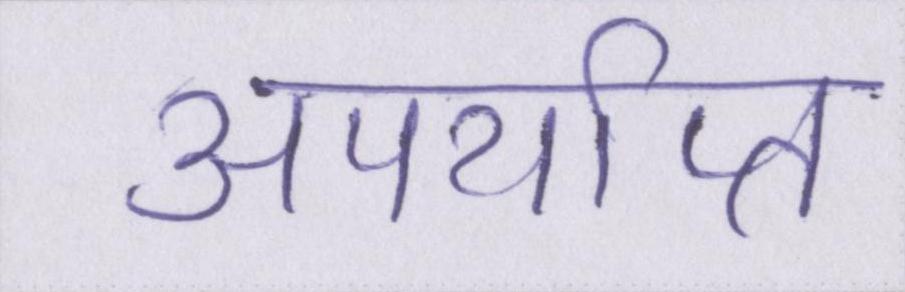
अपर्याप्त